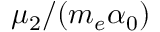
\mu _ { 2 } / ( m _ { e } \alpha _ { 0 } )